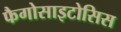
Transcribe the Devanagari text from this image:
फैगोसाइटोसिस